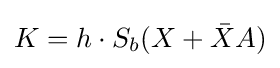
K=h\cdot S_{b}(X+{\bar {X}}A)